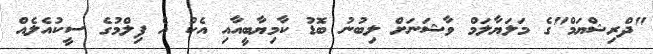
"ދްރިޝްޔަމް"ގެ މަލަޔާލަމް ވާޝަނަށް ލިބުނު ބޮޑު ކާމިޔާބީއާއި އެކު އެ ފިލްމުގެ ސީކުއެލެއް